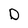
Character: D